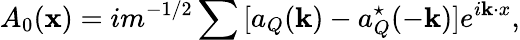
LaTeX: A_{0}({\mathbf x})=im^{-1/2}\sum{}[a_{Q}({\mathbf k})-a_{Q}^{\star}(-{\mathbf k})]e^{i{\mathbf k\cdot x}},